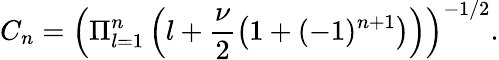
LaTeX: C_{n}=\left(\Pi_{l=1}^{n}\left(l+\frac{\nu}{2}\left(1+(-1)^{n+1}\right)\right)\right)^{-1/2}.